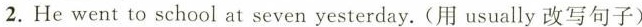
2.He went to school at seven yesterday.(用 usually改写句子)